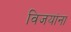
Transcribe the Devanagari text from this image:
विजयांना